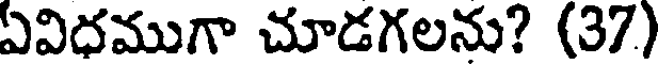
ఏవిధముగా చూడగలను? (37)